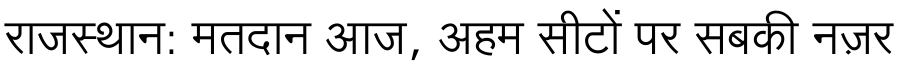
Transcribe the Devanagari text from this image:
राजस्थान: मतदान आज, अहम सीटों पर सबकी नज़र